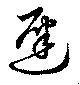
遅